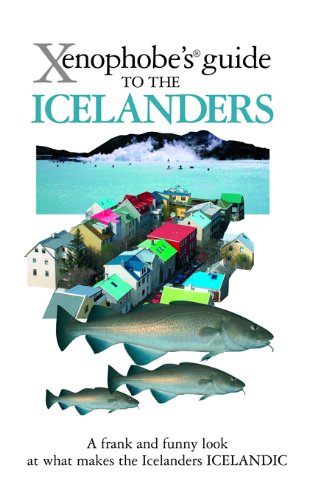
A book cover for Xenophobe's Guide to the Icelanders; Richard Sale; Travel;